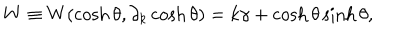
LaTeX: W \equiv W ( \cosh \theta , \partial _ { k } \cosh \theta ) = k \gamma + \cosh \theta \sinh \theta ,